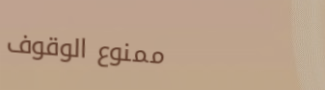
ممنوع الوقوف